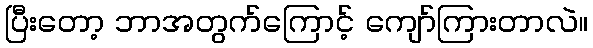
ပြီးတော့ ဘာအတွက်ကြောင့် ကျော်ကြားတာလဲ။